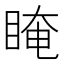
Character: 䁆